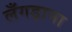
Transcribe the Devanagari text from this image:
लँगड़ाना